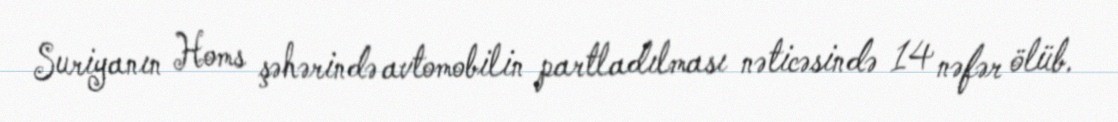
Suriyanın Homs şəhərində avtomobilin partladılması nəticəsində 14 nəfər ölüb.